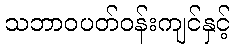
သဘာဝပတ်ဝန်းကျင်နှင့်